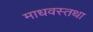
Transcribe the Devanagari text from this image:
माधवस्तथा